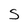
Character: S